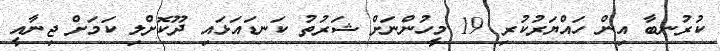
ކުރުނބާ އިން ހައްޔަރުކުރި 19 މީހުންނަށް ޝަރުތު ކަނޑައަޅައި ދޫކޮށްލި ކަމަށް ޖިނާއީ